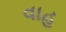
વાહ